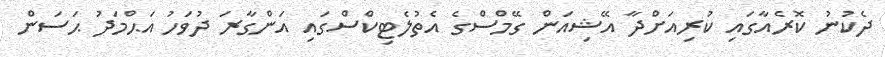
ދެކުނު ކޮރެއާގައި ކުރިއަށްދާ އޭޝިއަން ގޭމްސްގެ އެތުލެޓިކްސްގައި އަންގާރަ ދުވަހު އަޙްމަދު ޙަސަން